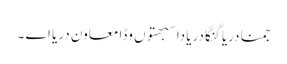
جمنا دریا گنگا دریا دا سبھتوں وڈا معاون دریا اے ۔